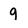
Character: 9